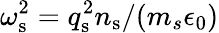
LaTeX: \omega_{\mathrm{s}}^{2}=q_{\mathrm{s}}^{2}n_{\mathrm{s}}/(m_{s}\epsilon_{0})